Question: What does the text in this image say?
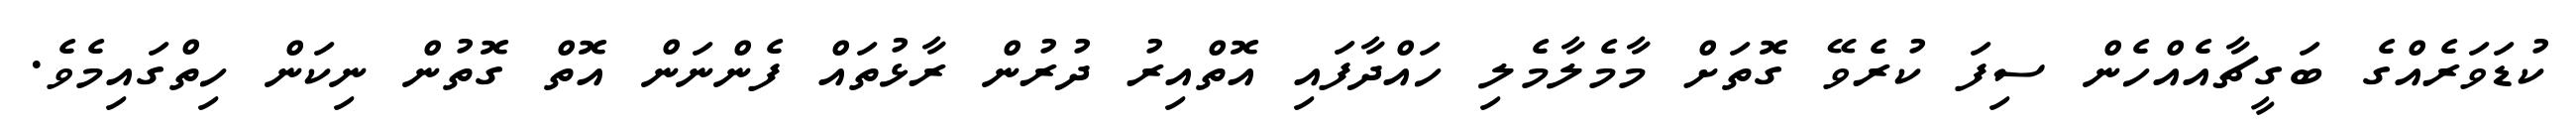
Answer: ކުޑަވަރެއްގެ ބަގީޗާއެއްހެން ސިފަ ކުރެވޭ ގޮތަށް މާމެލާމެލި ހައްދާފައި އޮތްއިރު ދުރުން ރާޅުތައް ފެންނަން އޮތް ގޮތުން ނިކަން ހިތްގައިމެވެ.